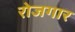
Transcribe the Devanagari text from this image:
राेजगार